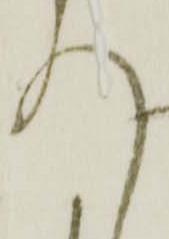
入